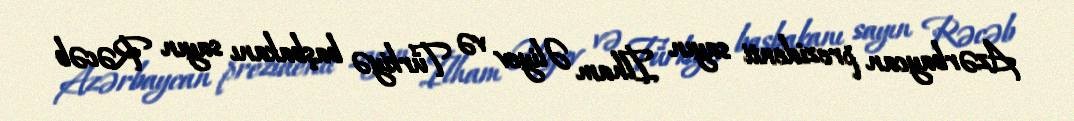
Azərbaycan prezidenti sayın İlham Əliyev və Türkiyə başbakanı sayın Rəcəb